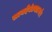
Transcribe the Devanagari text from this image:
सत्यदेवंतथाऽपरे।